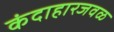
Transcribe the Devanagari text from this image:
कंदाहारजवळ